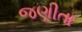
જણીતા